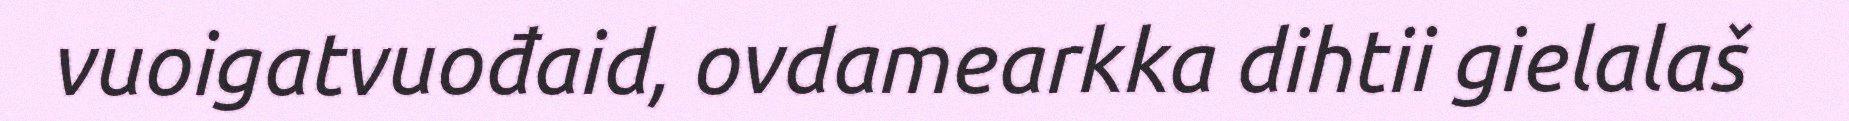
vuoigatvuođaid, ovdamearkka dihtii gielalaš